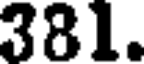
381.